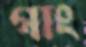
গাং